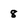
Character: 8